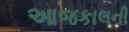
આજકાલની